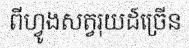
ពីហ្វូងសត្វរុយដ៍ច្រើន